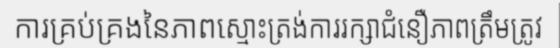
ការគ្រប់គ្រងនៃភាពស្មោះត្រង់ការរក្សាជំនឿភាពត្រឹមត្រូវ